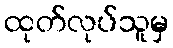
ထုတ်လုပ်သူမှ